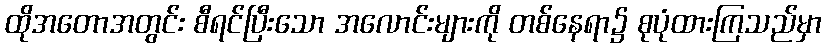
ထိုအတောအတွင်း စီရင်ပြီးသော အလောင်းများကို တစ်နေရာ၌ စုပုံထားကြသည်မှာ